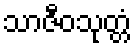
သာဇီဝသုတ္တံ